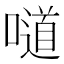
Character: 𠿱